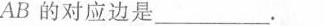
AB的对应边是___。